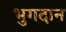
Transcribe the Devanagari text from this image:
भुगदान